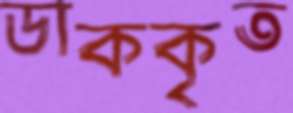
ডাককৃত